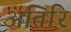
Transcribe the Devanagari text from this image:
अतिरि